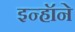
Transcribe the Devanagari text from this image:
इन्हॉने